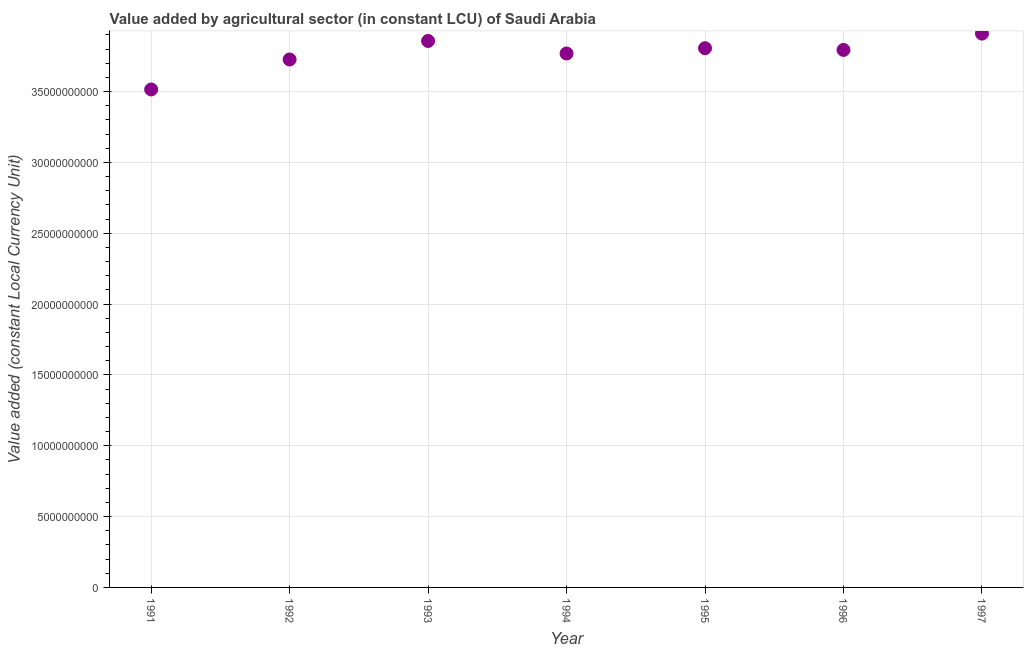
| Year | Agriculture |
 | --- | --- |
 | 1991 | 3.51e+10 |
 | 1992 | 3.73e+10 |
 | 1993 | 3.86e+10 |
 | 1994 | 3.77e+10 |
 | 1995 | 3.81e+10 |
 | 1996 | 3.79e+10 |
 | 1997 | 3.91e+10 |